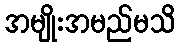
အမျိုးအမည်မသိ